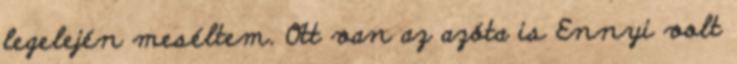
legelején meséltem. Ott van az azóta is Ennyi volt